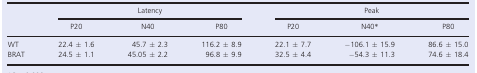
<table><thead><tr><td>[EMPTY_CELL]</td><td colspan="3"><b>Latency</b></td><td colspan="3"><b>Peak</b></td></tr><tr><td>[EMPTY_CELL]</td><td><b>P20</b></td><td><b>N40</b></td><td><b>P80</b></td><td><b>P20</b></td><td><b>N40*</b></td><td><b>P80</b></td></tr></thead><tbody><tr><td>WT</td><td>22.4 ± 1.6</td><td>45.7 ± 2.3</td><td>116.2 ± 8.9</td><td>22.1 ± 7.7</td><td>−106.1 ± 15.9</td><td>86.6 ± 15.0</td></tr><tr><td>BRAT</td><td>24.5 ± 1.1</td><td>45.05 ± 2.2</td><td>96.8 ± 9.9</td><td>32.5 ± 4.4</td><td>−54.3 ± 11.3</td><td>74.6 ± 18.4</td></tr></tbody></table>